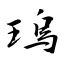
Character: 瑦